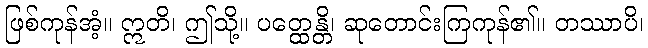
ဖြစ်ကုန်အံ့။ ဣတိ၊ ဤသို့။ ပတ္ထေန္တိ၊ ဆုတောင်းကြကုန်၏။ တဿာပိ၊